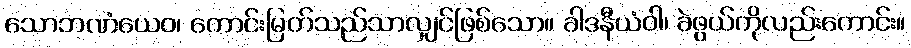
သောဘဏံယေဝ၊ ကောင်းမြတ်သည်သာလျှင်ဖြစ်သော။ ခါဒနီယံဝါ၊ ခဲဖွယ်ကိုလည်းကောင်း။